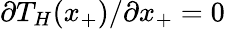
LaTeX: \partial T_{H}(x_{+})/\partial x_{+}=0